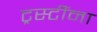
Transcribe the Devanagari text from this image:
ट्रस्टींना